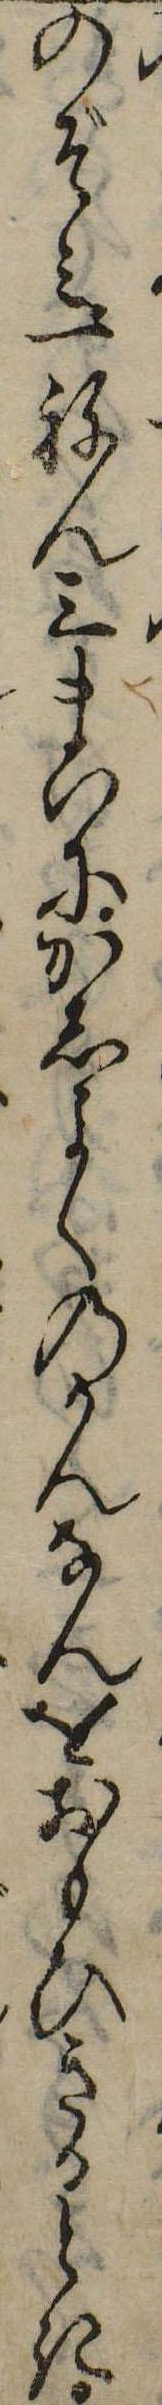
のぞみ一ねん三まいにかしよくのかんなんをおもひきるとき